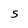
Character: S